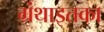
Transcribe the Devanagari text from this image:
ग्रंथाइतका